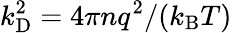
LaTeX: k_{\mathrm{{D}}}^{2}=4\pi nq^{2}/(k_{\mathrm{{B}}}T)